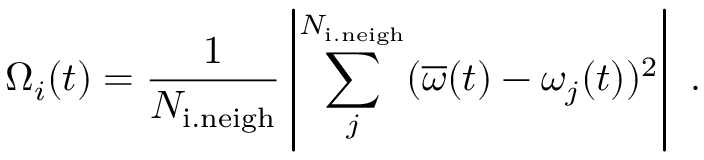
\Omega _ { i } ( t ) = \frac { 1 } { N _ { \mathrm { i . n e i g h } } } \left| \sum _ { j } ^ { N _ { \mathrm { i . n e i g h } } } ( \overline { \omega } ( t ) - \omega _ { j } ( t ) ) ^ { 2 } \right| \ .